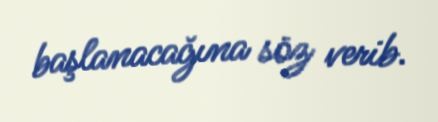
başlanacağına söz verib.